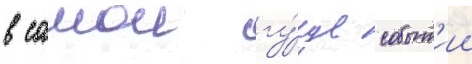
в самои гу́ще событ'ии